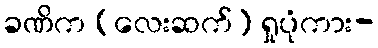
ခဏိက (လေးဆက်) ရှုပုံကား-